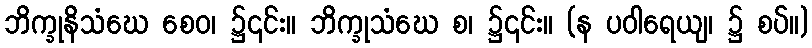
ဘိက္ခုနိသံဃေ စေဝ၊ ၌၎င်း။ ဘိက္ခုသံဃေ စ၊ ၌၎င်း။ (န ပဝါရေယျ၊ ၌ စပ်။)